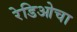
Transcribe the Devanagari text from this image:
रेडिओचा